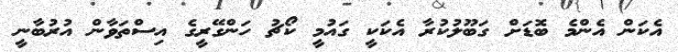
އެކަން އެންމެ ބޮޑަށް ގަބޫލުކުރާ އެކަކީ ގައުމީ ކޯޗު ހަންގޭރީގެ އިސްތަވާން އުރުބާނީ